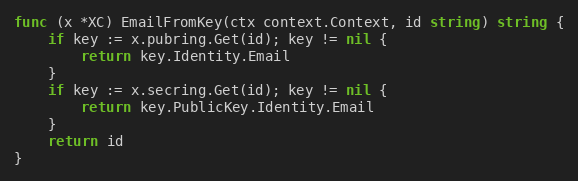
Language: Go
func (x *XC) EmailFromKey(ctx context.Context, id string) string {
	if key := x.pubring.Get(id); key != nil {
		return key.Identity.Email
	}
	if key := x.secring.Get(id); key != nil {
		return key.PublicKey.Identity.Email
	}
	return id
}